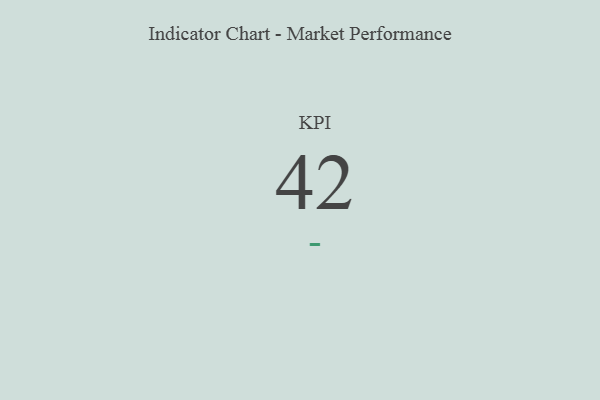
{"axis": {"x": "KPI", "y": "Value"}, "legend": [""], "data": [{"x": "KPI", "y": 42, "type": ""}]}